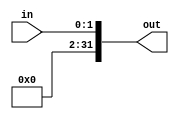
module extend_3_32(in, out);
    input [1:0] in;
    output [31:0] out;

    assign out[1:0] = in[1:0];
    genvar i;
    generate
        for (i = 2; i < 32; i = i + 1)
        begin
            assign out[i] = 0;
        end
    endgenerate
endmodule